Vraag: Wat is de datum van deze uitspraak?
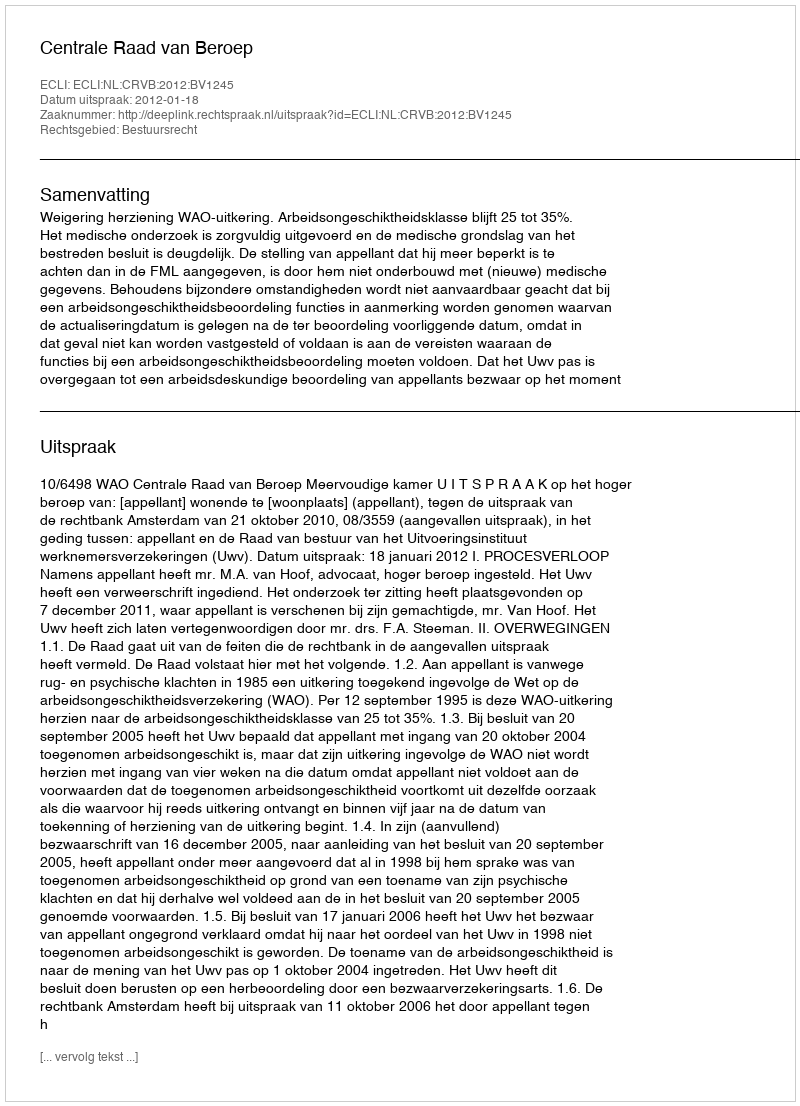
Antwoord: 2012-01-18